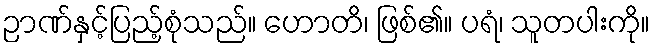
ဉာဏ်နှင့်ပြည့်စုံသည်။ ဟောတိ၊ ဖြစ်၏။ ပရံ၊ သူတပါးကို။